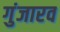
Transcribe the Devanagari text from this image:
गुंजारव